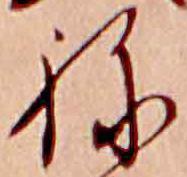
ね